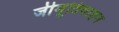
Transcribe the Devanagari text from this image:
जीमूतिवाहन